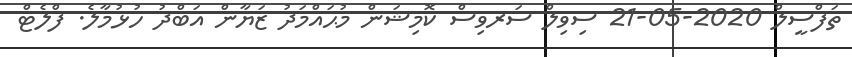
ތަފްސީލް 2020-05-21 ސިވިލް ސަރވިސް ކޮމިޝަން މުޙައްމަދު ޒަޔާން އަބްދު ހުޅުމާލެ. ފްލެޓް